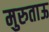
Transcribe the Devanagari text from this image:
मुरुताऊ